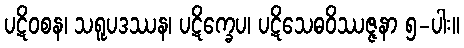
ပဋိဝစန၊ သရူပဒဿန၊ ပဋိက္ခေပ၊ ပဋိသေဓဝိဿဇ္ဇနာ ၅-ပါး။